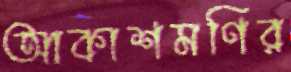
আকাশমণির